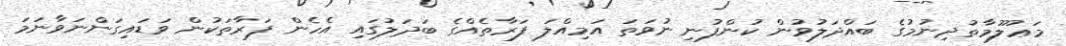
މަޢުލޫމާތުދިނުމުގެ ބައްދަލުވުން ކުންފުނި ނުވަތަ އަމިއްލަ ފަރާތެއްގެ ބަދަލުގައި އެހެން ފަރާތަކުން ވަޑައިގަންނަވާނަމަ